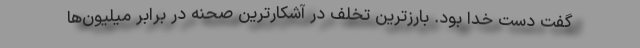
گفت دست خدا بود. بارزترین تخلف در آشکارترین صحنه در برابر میلیون‌ها